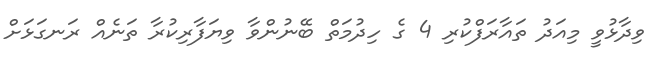
ވިދާޅުވީ މިއަދު ތައާރަފްކުރި 4 ގެ ހިދުމަތް ބޭނުންވާ ވިޔަފާރިކުރާ ތަނެއް ރަނގަޅަށް